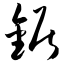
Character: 锯